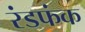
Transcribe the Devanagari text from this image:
रंडफंक